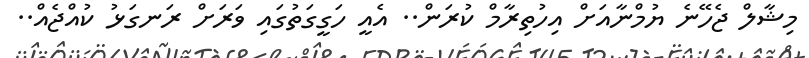
މިޝާލް ޖެހޭނެ ޔުމްނާއަށް އިހުތިރާމް ކުރަން.. އެއީ ހަގީގަތުގައި ވަރަށް ރަނގަޅު ކުއްޖެއް..